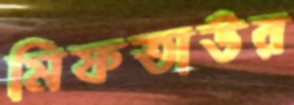
মিফতাউর